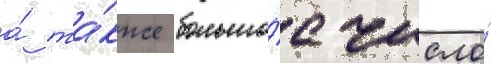
а́ та́кже большо́е число́